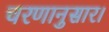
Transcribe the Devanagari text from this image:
चरणानुसार।